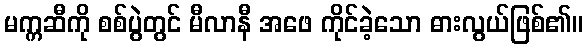
မက္ကဆီကို စစ်ပွဲတွင် မီလာနီ အဖေ ကိုင်ခဲ့သော ဓားလွယ်ဖြစ်၏။